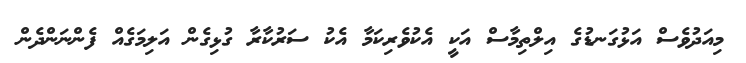
މިއަދުވެސް އަޅުގަނޑުގެ އިލްތިމާސް އަކީ އެކުވެރިކަމާ އެކު ސަރުކާރާ ގުޅިގެން އަލިމަގެއް ފެންނަންދެން